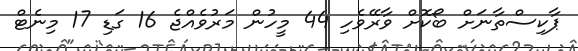
ޕާކިސްތާނަށް ބޯކޮށް ވާރޭވެހި 44 މީހުން މަރުވެއްޖެ 16 ގަޑި 17 މިނެޓް